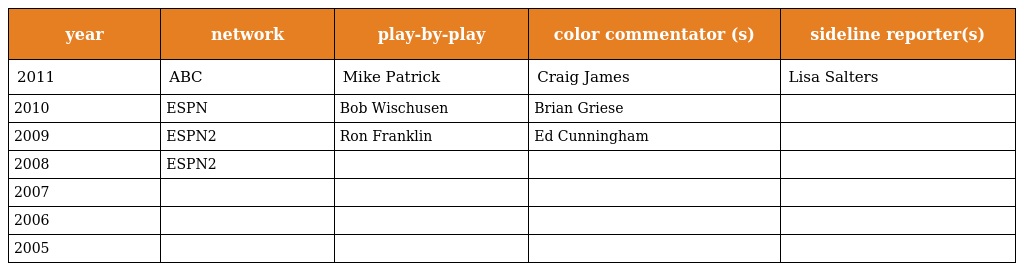
| year | network | play-by-play | color commentator (s) | sideline reporter(s) |
 | --- | --- | --- | --- | --- |
 | 2011 | ABC | Mike Patrick | Craig James | Lisa Salters |
 | 2010 | ESPN | Bob Wischusen | Brian Griese |  |
 | 2009 | ESPN2 | Ron Franklin | Ed Cunningham |  |
 | 2008 | ESPN2 |  |  |  |
 | 2007 |  |  |  |  |
 | 2006 |  |  |  |  |
 | 2005 |  |  |  |  |